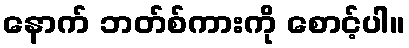
နောက် ဘတ်စ်ကားကို စောင့်ပါ။